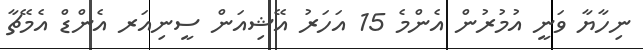
ނިހާޔާ ވަނީ އުމުރުން އެންމެ 15 އަހަރު އޭޝިއަން ސީނިއަރ އެންޑް އެމޭޗާ